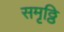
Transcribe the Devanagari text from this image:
समृठ्ठि